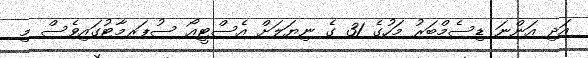
އަދި އަންނަ ޑިސެމްބަރު މަހުގެ 31 ގެ ނިޔަލަށް އެސްޓީއޯ ސުޕަރމާޓުގައިވެސް މި